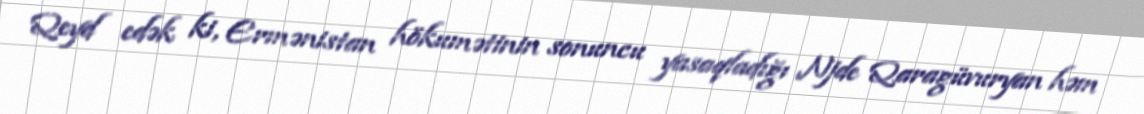
Qeyd edək ki, Ermənistan hökumətinin sonuncu yasaqladığı Njde Qaragüvuryan həm